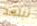
نبتعد